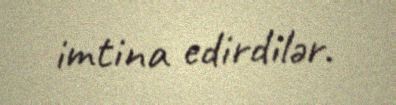
imtina edirdilər.